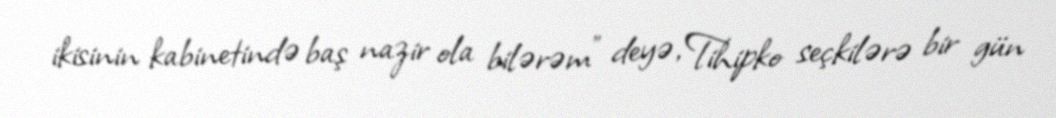
ikisinin kabinetində baş nazir ola bilərəm” deyə, Tihipko seçkilərə bir gün